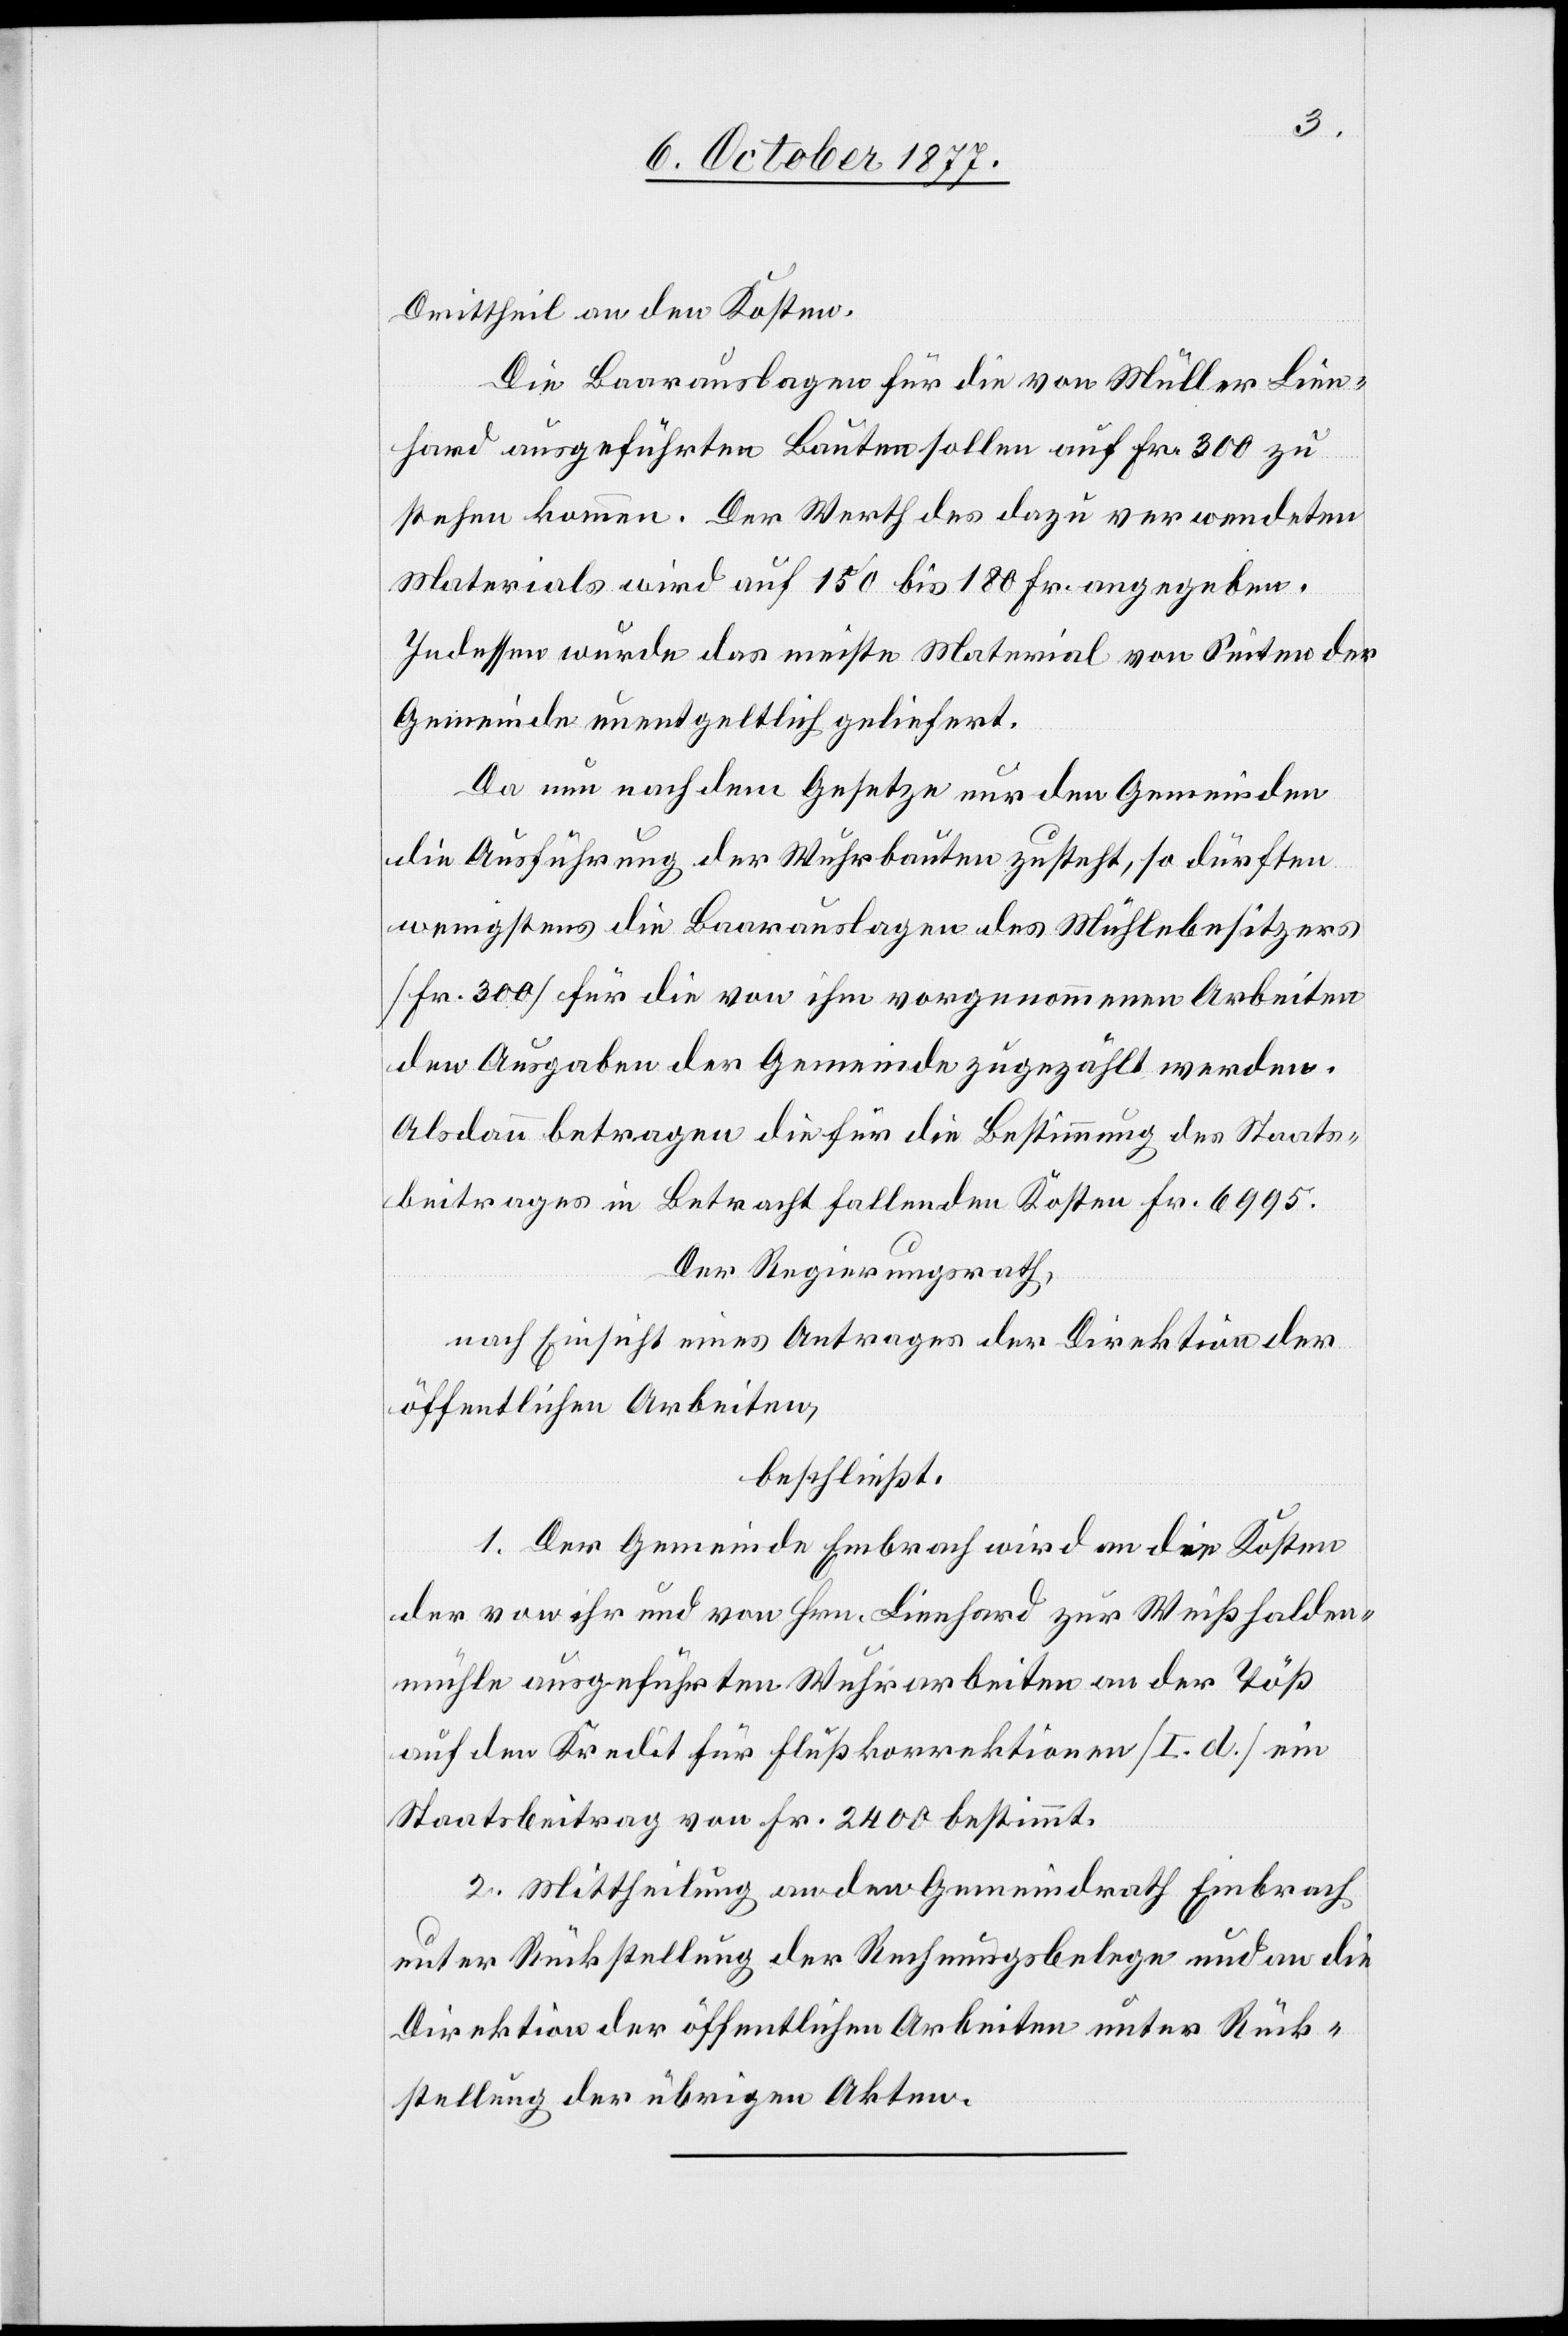
Drittheil an den Kosten.
Die Baarauslagen für die von Müller Lien¬
hard ausgeführten Bauten sollen auf Fr. 300 zu
stehen kommen. Der Werth des dazu verwendeten
Materials wird auf 150 bis 180 Fr. angegeben.
Indessen wurde das meiste Material von Seiten der
Gemeinde unentgeltlich geliefert.
Da nun nach dem Gesetze nur den Gemeinden
die Ausführung der Wuhrbauten zusteht, so dürften
wenigstens die Baarauslagen des Mühlebesitzers
[Fr. 300] für die von ihm vorgenommenen Arbeiten
den Ausgaben der Gemeinde zugezählt werden.
Alsdann betragen die für die Bestimmung des Staats¬
beitrages in Betracht fallenden Kosten Fr. 6995.
Der Regierungsrath,
nach Einsicht eines Antrages der Direktion der
öffentlichen Arbeiten,
beschließt:
1. Der Gemeinde Embrach wird an die Kosten
der von ihr und von Hrn. Lienhard zur Weißhalden¬
mühle ausgeführten Wuhrarbeiten an der Töß
auf den Kredit für Flußkorrektionen [I. d.] ein
Staatsbeitrag von Fr. 2400 bestimmt.
2. Mittheilung an den Gemeindrath Embrach
unter Rückstellung der Rechnungsbelege und an die
Direktion der öffentlichen Arbeiten unter Rück¬
stellung der übrigen Akten.